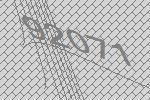
92071